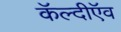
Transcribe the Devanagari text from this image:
कॅल्दीऍव